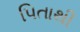
પિતાથી